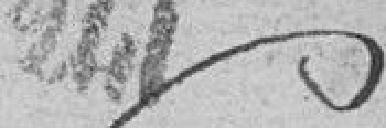
241